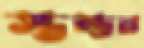
স্তম্ভন